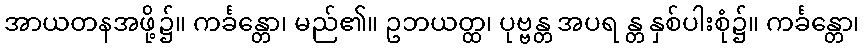
အာယတနအဖို့၌။ ကင်္ခန္တော၊ မည်၏။ ဥဘယတ္ထ၊ ပုဗ္ဗန္တ အပရ န္တ နှစ်ပါးစုံ၌။ ကင်္ခန္တော၊